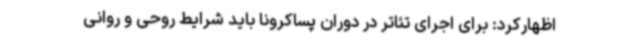
اظهارکرد: برای اجرای تئاتر در دوران پساکرونا باید شرایط روحی و روانی